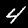
Digit: 4